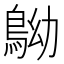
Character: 𪀂